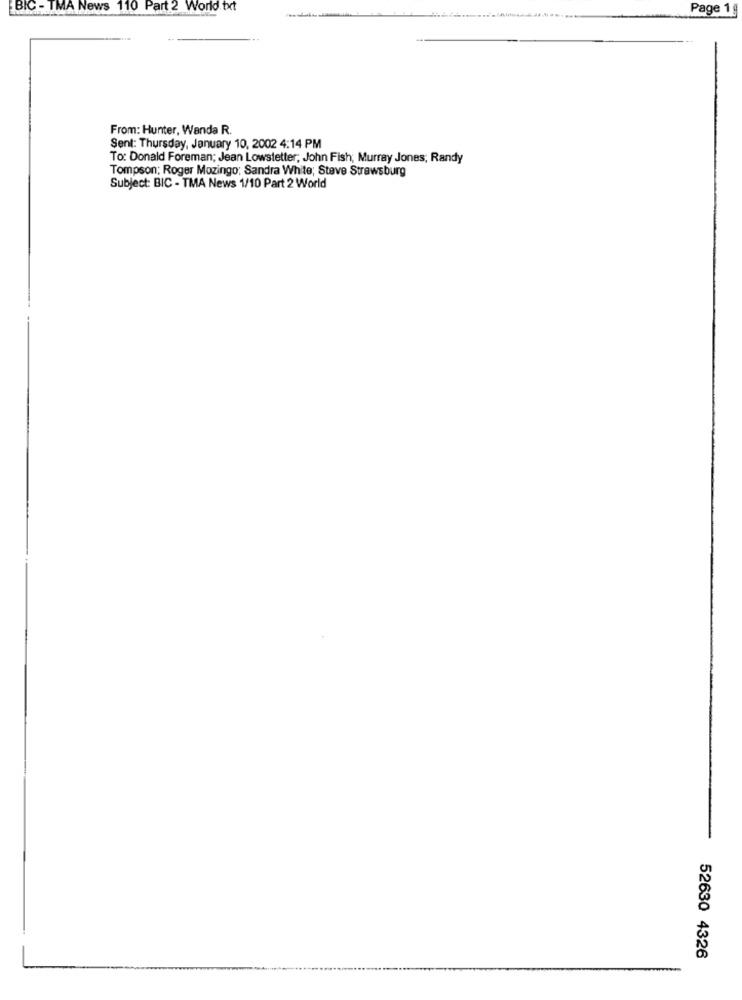
BIC - TMA News 110 Part 2 World txt
Page 1g
From: Hunter, Wanda R.
Sent: Thursday, January 10, 2002 4:14 PM
To: Donald Foreman; Jean Lowstetter; John Fish; Murray Jones, Randy
Tompson; Roger Mozingo: Sandra White; Steve Strawsburg
Subject: BIC - TMA News 1/10 Part 2 World
52630 4326